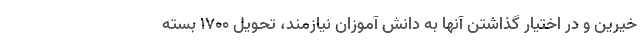
خیرین و در اختیار گذاشتن آنها به دانش آموزان نیازمند، تحویل ۱۷۰۰ بسته